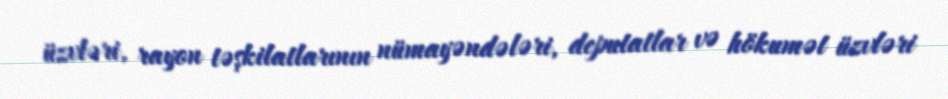
üzvləri, rayon təşkilatlarının nümayəndələri, deputatlar və hökumət üzvləri